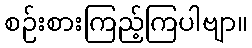
စဉ်းစားကြည့်ကြပါဗျာ။